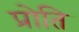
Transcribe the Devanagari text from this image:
प्रोति